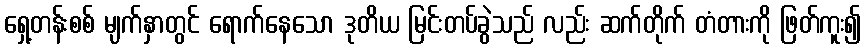
ရှေ့တန်းစစ် မျက်နှာတွင် ရောက်နေသော ဒုတိယ မြင်းတပ်ခွဲသည် လည်း ဆက်တိုက် တံတားကို ဖြတ်ကူး၍